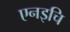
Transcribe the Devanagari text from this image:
एनइचि